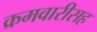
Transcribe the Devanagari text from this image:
क्रमवारीसह